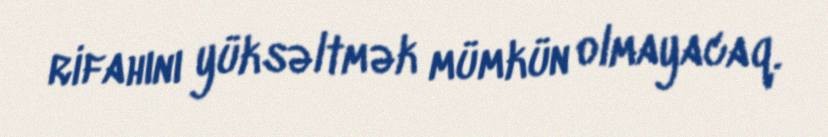
rifahını yüksəltmək mümkün olmayacaq.